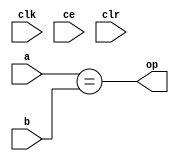
module sysgen_relational_9133ff9c4b (
  input [(2 - 1):0] a,
  input [(2 - 1):0] b,
  output [(1 - 1):0] op,
  input clk,
  input ce,
  input clr);
  wire [(2 - 1):0] a_1_31;
  wire [(2 - 1):0] b_1_34;
  localparam [(1 - 1):0] const_value = 1'b1;
  wire result_12_3_rel;
  assign a_1_31 = a;
  assign b_1_34 = b;
  assign result_12_3_rel = a_1_31 == b_1_34;
  assign op = result_12_3_rel;
endmodule